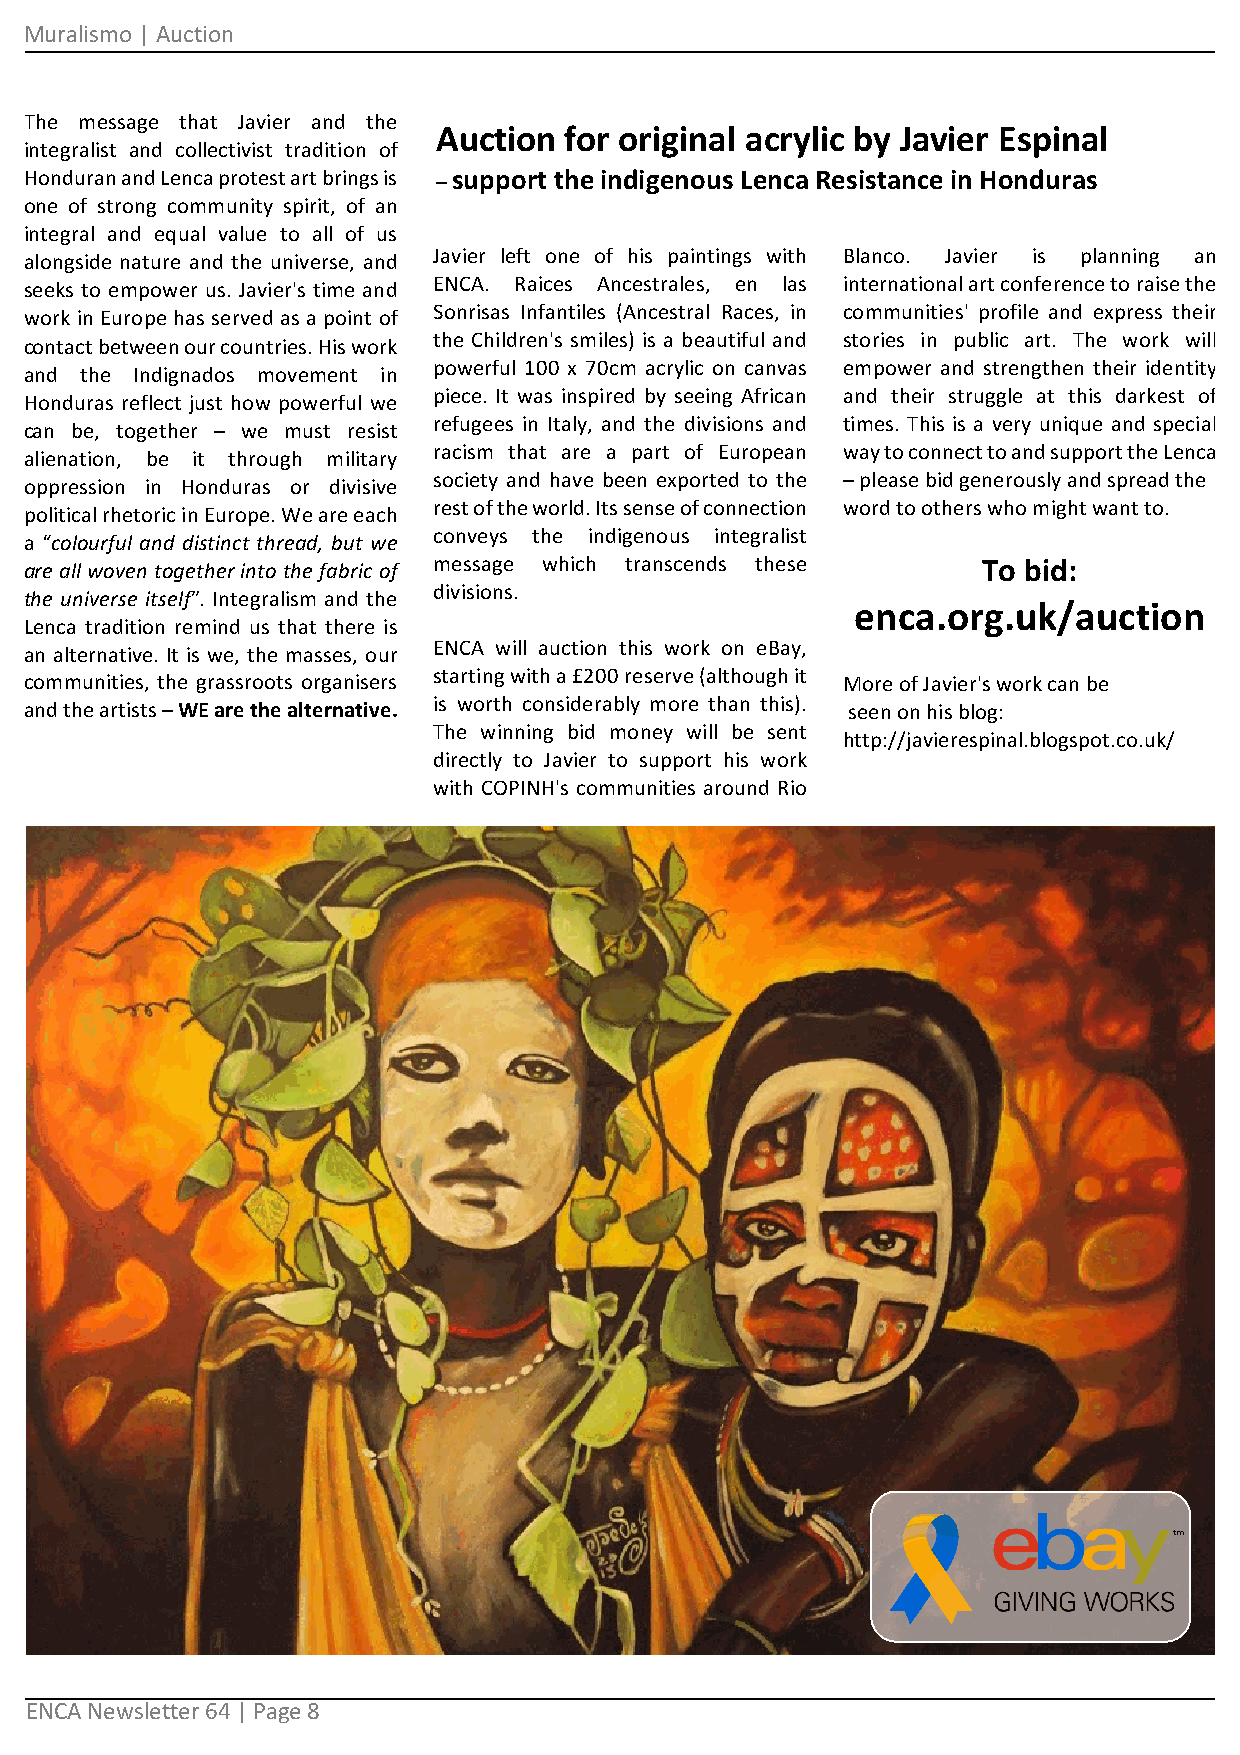
Muralismo | Auction
 The message that Javier and the
 Auction for original acrylic by Javier Espinal
 integralist and collectivist tradition of
 Honduran and Lenca protest art brings is – support the indigenous Lenca Resistance in Honduras
 one of strong community spirit, of an
 integral and equal value to all of us
 Javier left one of his paintings with Blanco. Javier is planning an
 alongside nature and the universe, and
 ENCA. Raices Ancestrales, en las international art conference to raise the
 seeks to empower us. Javier's time and
 Sonrisas Infantiles (Ancestral Races, in communities' profile and express their
 work in Europe has served as a point of
 the Children's smiles) is a beautiful and stories in public art. The work will
 contact between our countries. His work
 powerful 100 x 70cm acrylic on canvas empower and strengthen their identity
 and the Indignados movement in
 piece. It was inspired by seeing African and their struggle at this darkest of
 Honduras reflect just how powerful we
 refugees in Italy, and the divisions and times. This is a very unique and special
 can be, together – we must resist
 racism that are a part of European way to connect to and support the Lenca
 alienation, be it through military
 society and have been exported to the – please bid generously and spread the
 oppression in Honduras or divisive
 rest of the world. Its sense of connection word to others who might want to.
 political rhetoric in Europe. We are each
 conveys the indigenous integralist
 a “colourful and distinct thread, but we
 are all woven together into the fabric of message which transcends these To bid:
 divisions.
 the universe itself”. Integralism and the
 enca.org.uk/auction
 Lenca tradition remind us that there is
 ENCA will auction this work on eBay,
 an alternative. It is we, the masses, our
 starting with a £200 reserve (although it
 communities, the grassroots organisers                More of Javier's work can be
 is worth considerably more than this).
 and the artists – WE are the alternative.             seen on his blog:
 The winning bid money will be sent
 http://javierespinal.blogspot.co.uk/
 directly to Javier to support his work
 with COPINH's communities around Rio
 ENCA Newsletter 64 | Page 8